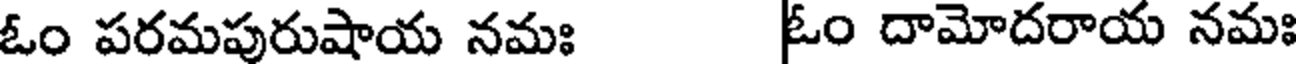
ఓం పరమపురుషాయ నమః ఓం దామోదరాయ నమః